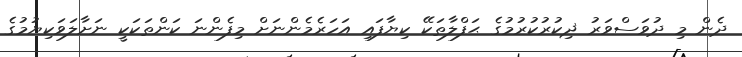
ދެން މި ދުވަސްވަރު ޛިކުރުކުރުމުގެ ޙަފްލާތަކޭ ކިޔާފައި އަހަރެމެންނަށް މިފެންނަ ކަންތަކަކީ ނަށާލަވަކިޔުމުގެ